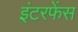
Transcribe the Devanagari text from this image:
इंटरफेंस